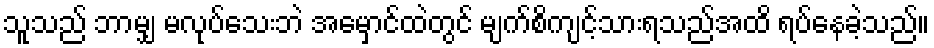
သူသည် ဘာမျှ မလုပ်သေးဘဲ အမှောင်ထဲတွင် မျက်စိကျင့်သားရသည်အထိ ရပ်နေခဲ့သည်။